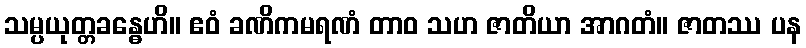
သမ္ပယုတ္တခန္ဓေဟိ။ ဧဝံ ခဏိကမရဏံ တာဝ သဟ ဇာတိယာ အာဂတံ။ ဇာတဿ ပန